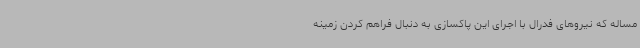
مساله که نیروهای فدرال با اجرای این پاکسازی به دنبال فراهم کردن زمینه